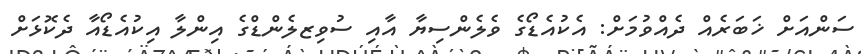
ސަންއަށް ޚަބަރެއް ދެއްވުމަށް: އެކުއެޑޯގެ ވެލެންސިޔާ އާއި ސުވިޒލެންޑްގެ އިންލާ އިކުއެޑޯއާ ދެކޮޅަށް